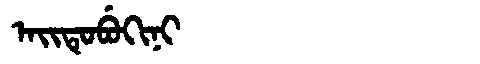
Manchu: ᠠᡳᡨᡠᠪᡠᡴᡳᠨᡳ
Romanization: AITUBUKINI